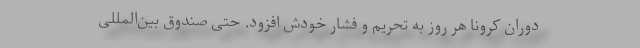
دوران کرونا هر روز به تحریم و فشار خودش افزود. حتی صندوق بین‌المللی